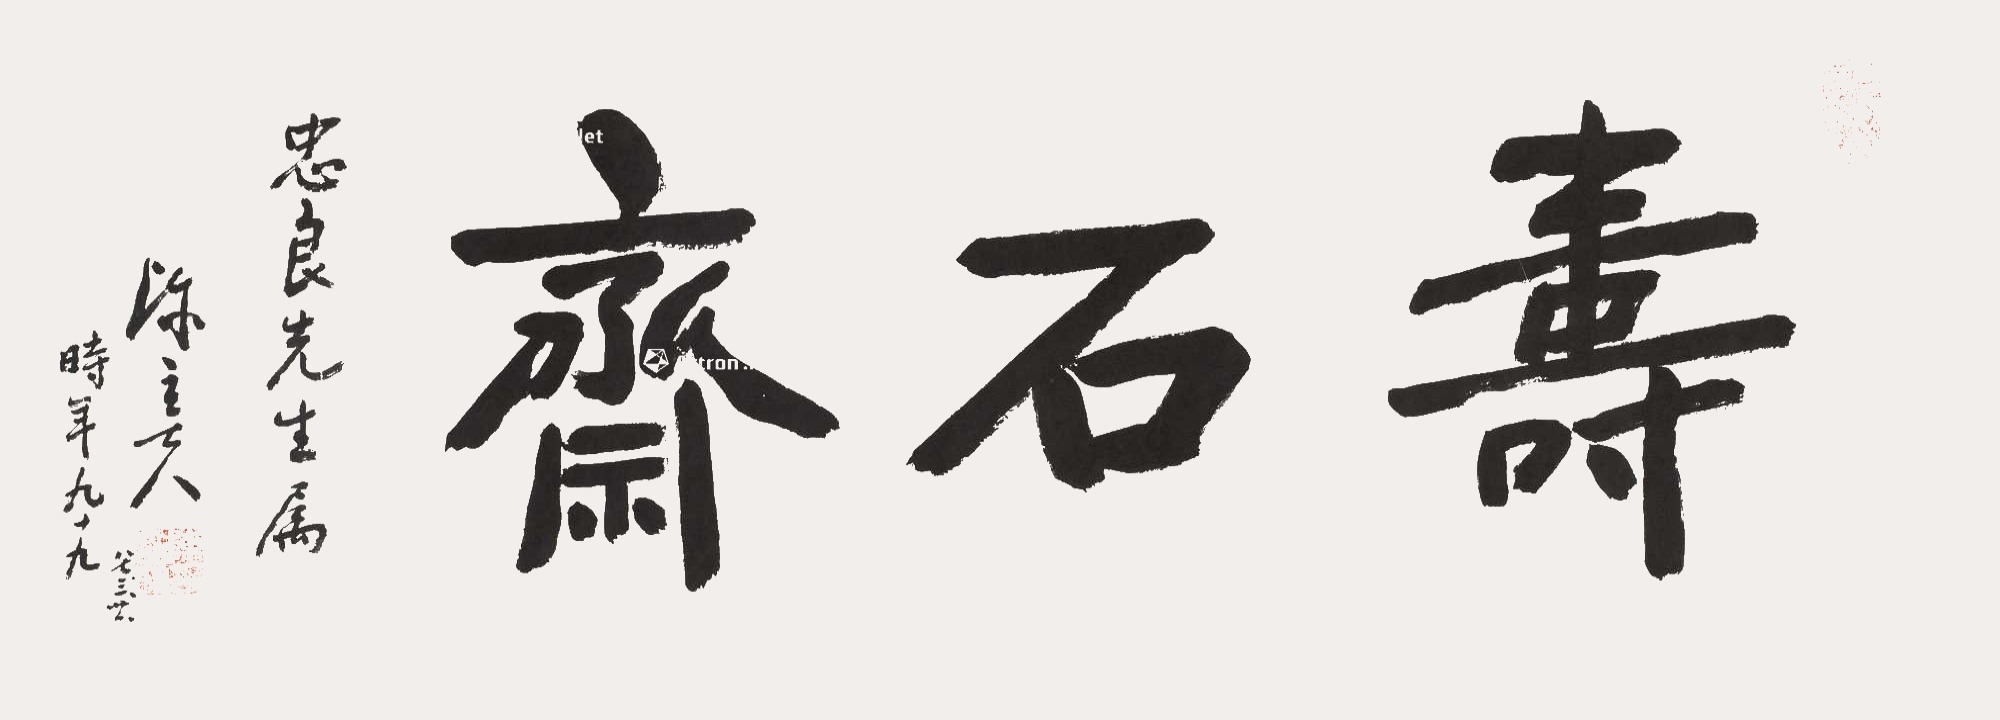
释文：寿石斋。忠良先生属，陈立夫，时年九十九。八七，三，廿。